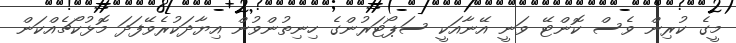
މީގެ ކުރިން ވެސް ކޮންޓޭ ވަނީ އޭނާއަކީ ސަޕޯޓަރުންގެ ހިނިތުންވުން އިޔާދަކުރެވޭފަދަ މޮޅުކޯޗެއްކަން